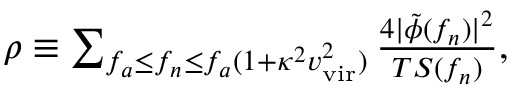
\begin{array} { r } { \rho \equiv \sum _ { f _ { a } \leq f _ { n } \leq f _ { a } ( 1 + \kappa ^ { 2 } v _ { \mathrm { v i r } } ^ { 2 } ) } \frac { 4 | \tilde { \phi } ( f _ { n } ) | ^ { 2 } } { T S ( f _ { n } ) } , } \end{array}